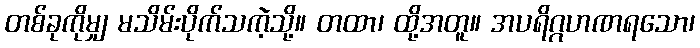
တစ်ခုကိုမျှ မသိမ်းပိုက်သကဲ့သို့။ တထာ၊ ထို့အတူ။ အပရိဂ္ဂဟဏရသော၊